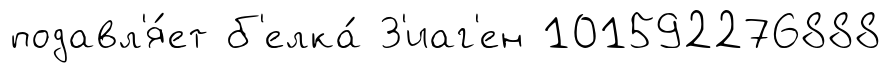
подавл'я́ет б'елка́ З'иаг'ен 101592276888